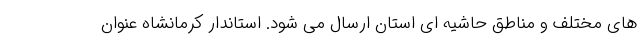
های مختلف و مناطق حاشیه ای استان ارسال می شود. استاندار کرمانشاه عنوان